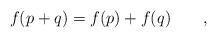
LaTeX: \begin{align*}f(p+q) = f(p)+f(q) \qquad,\end{align*}